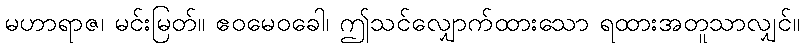
မဟာရာဇ၊ မင်းမြတ်။ ဧဝမေဝခေါ၊ ဤသင်လျှောက်ထားသော ရထားအတူသာလျှင်။